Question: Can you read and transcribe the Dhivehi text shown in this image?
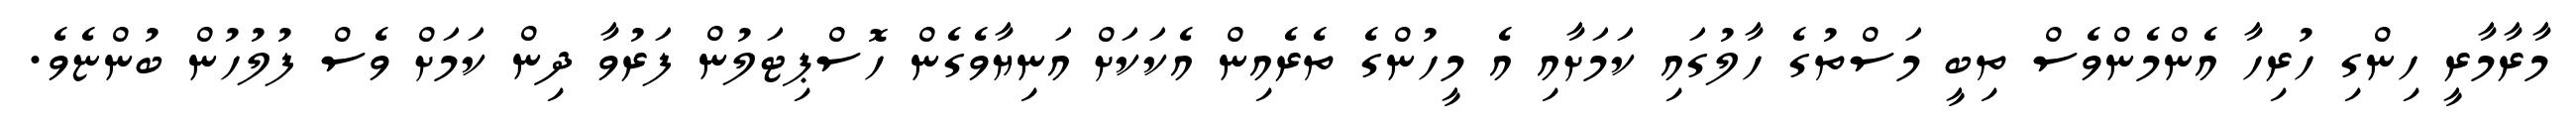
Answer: މާރާމާރީ ހިންގި ހުރިހާ އެންމެންވެސް ތިބީ މަސްތުގެ ހާލުގައި ކަމަށާއި އެ މީހުންގެ ތެރެއިން އެކަކަށް އަނިޔާވެގެން ހޮސްޕިޓަލުން ފަރުވާ ދިން ކަމަށް ވެސް ފުލުހުން ބުންޏެވެ.